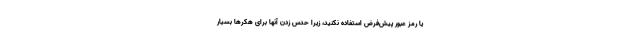
یا رمز عبور پیش‌فرض استفاده نکنید، زیرا حدس زدن آنها برای هکرها بسیار